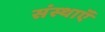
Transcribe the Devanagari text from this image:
संस्थाऍं